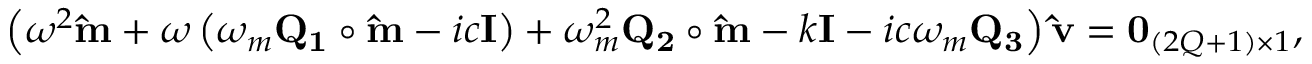
\left( \omega ^ { 2 } \mathbf { \hat { m } } + \omega \left( \omega _ { m } \mathbf { Q _ { 1 } } \circ \mathbf { \hat { m } } - i c \mathbf { I } \right) + \omega _ { m } ^ { 2 } \mathbf { Q _ { 2 } } \circ \mathbf { \hat { m } } - k \mathbf { I } - i c \omega _ { m } \mathbf { Q _ { 3 } } \right) \mathbf { \hat { v } } = \mathbf { 0 } _ { ( 2 Q + 1 ) \times 1 } ,